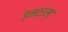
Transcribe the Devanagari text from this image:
इनट्रस्ट